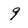
Character: 9